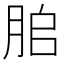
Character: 䏨